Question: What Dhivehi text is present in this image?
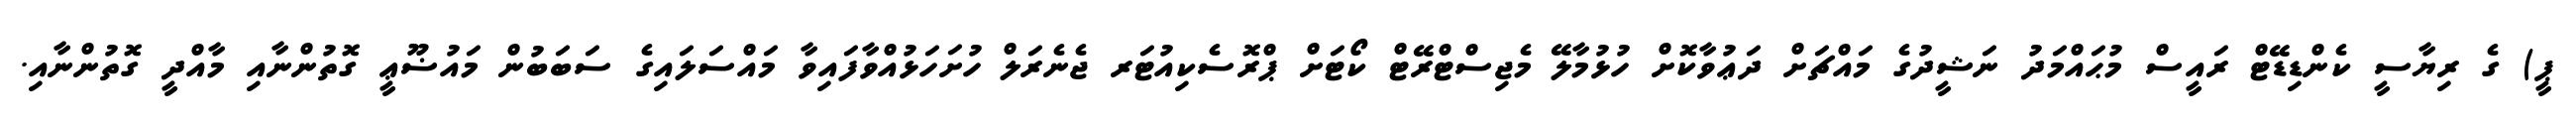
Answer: ޕީ) ގެ ރިޔާސީ ކެންޑިޑޭޓް ރައީސް މުޙައްމަދު ނަޝީދުގެ މައްޗަށް ދަޢުވާކޮށް ހުޅުމާލޭ މެޖިސްޓްރޭޓް ކޯޓަށް ޕްރޮސެކިއުޓަރ ޖެނެރަލް ހުށަހަޅުއްވާފައިވާ މައްސަލައިގެ ސަބަބުން މައުޟޫޢީ ގޮތުންނާއި މާއްދީ ގޮތުންނާއި.